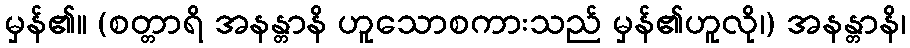
မှန်၏။ (စတ္တာရိ အနန္တာနိ ဟူသောစကားသည် မှန်၏ဟူလို၊) အနန္တာနိ၊